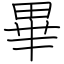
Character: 畢